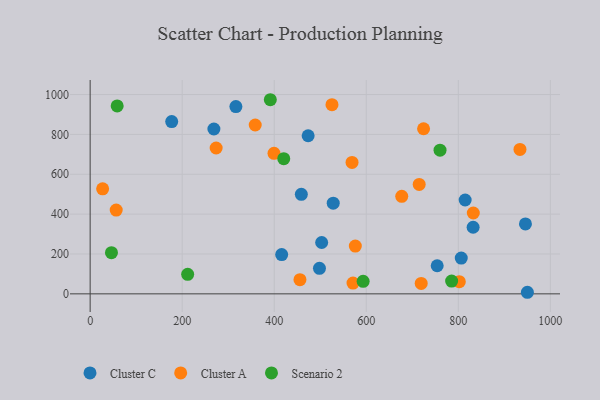
{"axis": {"x": "Engine Size", "y": "Sales"}, "legend": ["Cluster A", "Cluster C", "Scenario 2"], "data": [{"x": "416.2", "y": 196.9, "type": "Cluster C"}, {"x": "177.2", "y": 864.4, "type": "Cluster C"}, {"x": "316.7", "y": 939.6, "type": "Cluster C"}, {"x": "473.7", "y": 793.4, "type": "Cluster C"}, {"x": "268.9", "y": 827.1, "type": "Cluster C"}, {"x": "503.1", "y": 257.7, "type": "Cluster C"}, {"x": "528.2", "y": 454.9, "type": "Cluster C"}, {"x": "806.4", "y": 179.3, "type": "Cluster C"}, {"x": "832.2", "y": 334.1, "type": "Cluster C"}, {"x": "498.3", "y": 128.2, "type": "Cluster C"}, {"x": "754.1", "y": 141.0, "type": "Cluster C"}, {"x": "458.9", "y": 499.6, "type": "Cluster C"}, {"x": "814.9", "y": 471.0, "type": "Cluster C"}, {"x": "950.1", "y": 7.9, "type": "Cluster C"}, {"x": "945.9", "y": 350.7, "type": "Cluster C"}, {"x": "27.1", "y": 526.8, "type": "Cluster A"}, {"x": "358.7", "y": 847.3, "type": "Cluster A"}, {"x": "677.1", "y": 489.6, "type": "Cluster A"}, {"x": "569.1", "y": 659.4, "type": "Cluster A"}, {"x": "724.5", "y": 828.5, "type": "Cluster A"}, {"x": "802.2", "y": 60.9, "type": "Cluster A"}, {"x": "832.6", "y": 405.8, "type": "Cluster A"}, {"x": "455.9", "y": 71.1, "type": "Cluster A"}, {"x": "525.5", "y": 949.4, "type": "Cluster A"}, {"x": "571.2", "y": 54.2, "type": "Cluster A"}, {"x": "934.0", "y": 724.5, "type": "Cluster A"}, {"x": "399.5", "y": 704.9, "type": "Cluster A"}, {"x": "719.4", "y": 52.2, "type": "Cluster A"}, {"x": "576.2", "y": 239.8, "type": "Cluster A"}, {"x": "56.6", "y": 420.3, "type": "Cluster A"}, {"x": "715.0", "y": 549.3, "type": "Cluster A"}, {"x": "273.8", "y": 731.8, "type": "Cluster A"}, {"x": "760.3", "y": 720.7, "type": "Scenario 2"}, {"x": "46.3", "y": 206.7, "type": "Scenario 2"}, {"x": "211.9", "y": 97.9, "type": "Scenario 2"}, {"x": "593.2", "y": 62.6, "type": "Scenario 2"}, {"x": "420.7", "y": 678.2, "type": "Scenario 2"}, {"x": "58.7", "y": 942.9, "type": "Scenario 2"}, {"x": "391.5", "y": 974.1, "type": "Scenario 2"}, {"x": "785.5", "y": 63.9, "type": "Scenario 2"}]}